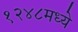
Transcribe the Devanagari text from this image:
१२४८मध्ये